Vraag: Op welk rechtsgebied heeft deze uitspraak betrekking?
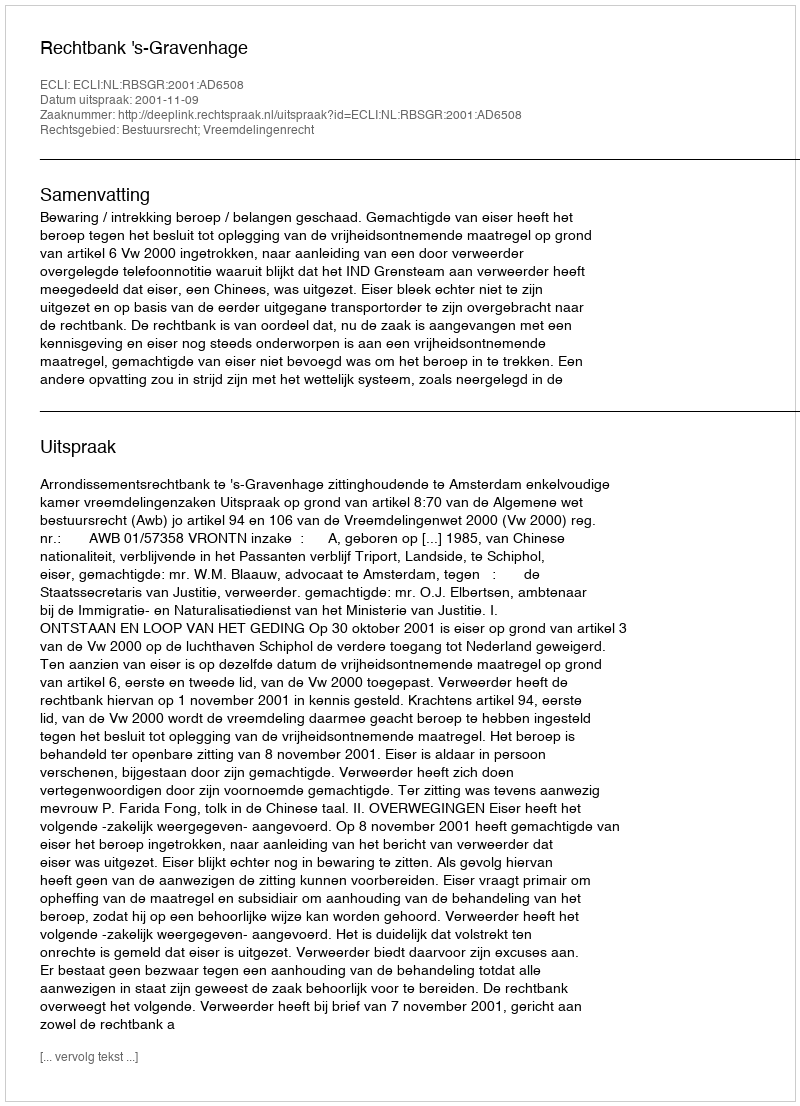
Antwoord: Bestuursrecht; Vreemdelingenrecht